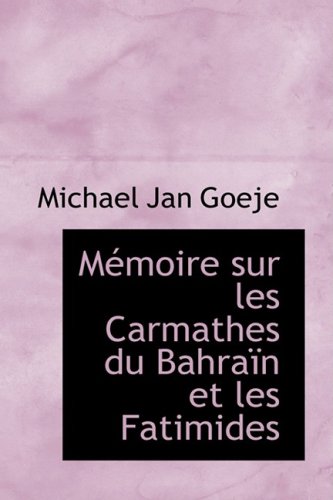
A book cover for MÃ©moire sur les Carmathes du BahraÃ¯n et les Fatimides (French Edition); Michael Jan Goeje; History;